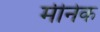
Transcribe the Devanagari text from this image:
मीनेक